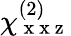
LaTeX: \chi_{\mathrm{~x~x~z~}}^{(2)}